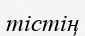
тістің